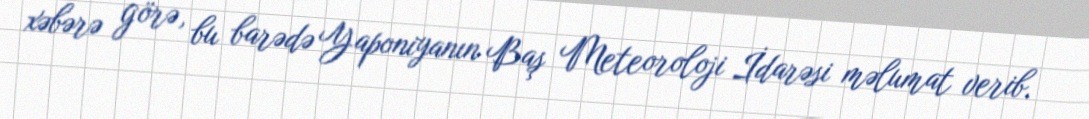
xəbərə görə, bu barədə Yaponiyanın Baş Meteoroloji İdarəsi məlumat verib.